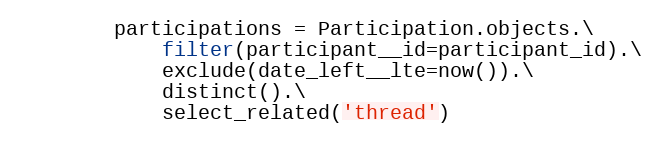
Language: Python
        participations = Participation.objects.\
            filter(participant__id=participant_id).\
            exclude(date_left__lte=now()).\
            distinct().\
            select_related('thread')